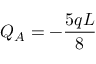
Q _ { A } = - { \frac { 5 q L } { 8 } }